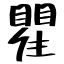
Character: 瞿